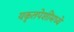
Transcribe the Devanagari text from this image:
यकृतपेशींमध्ये